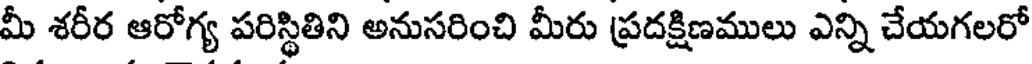
మీ శరీర ఆరోగ్య పరిస్థితిని అనుసరించి మీరు ప్రదక్షిణములు ఎన్ని చేయగలరో